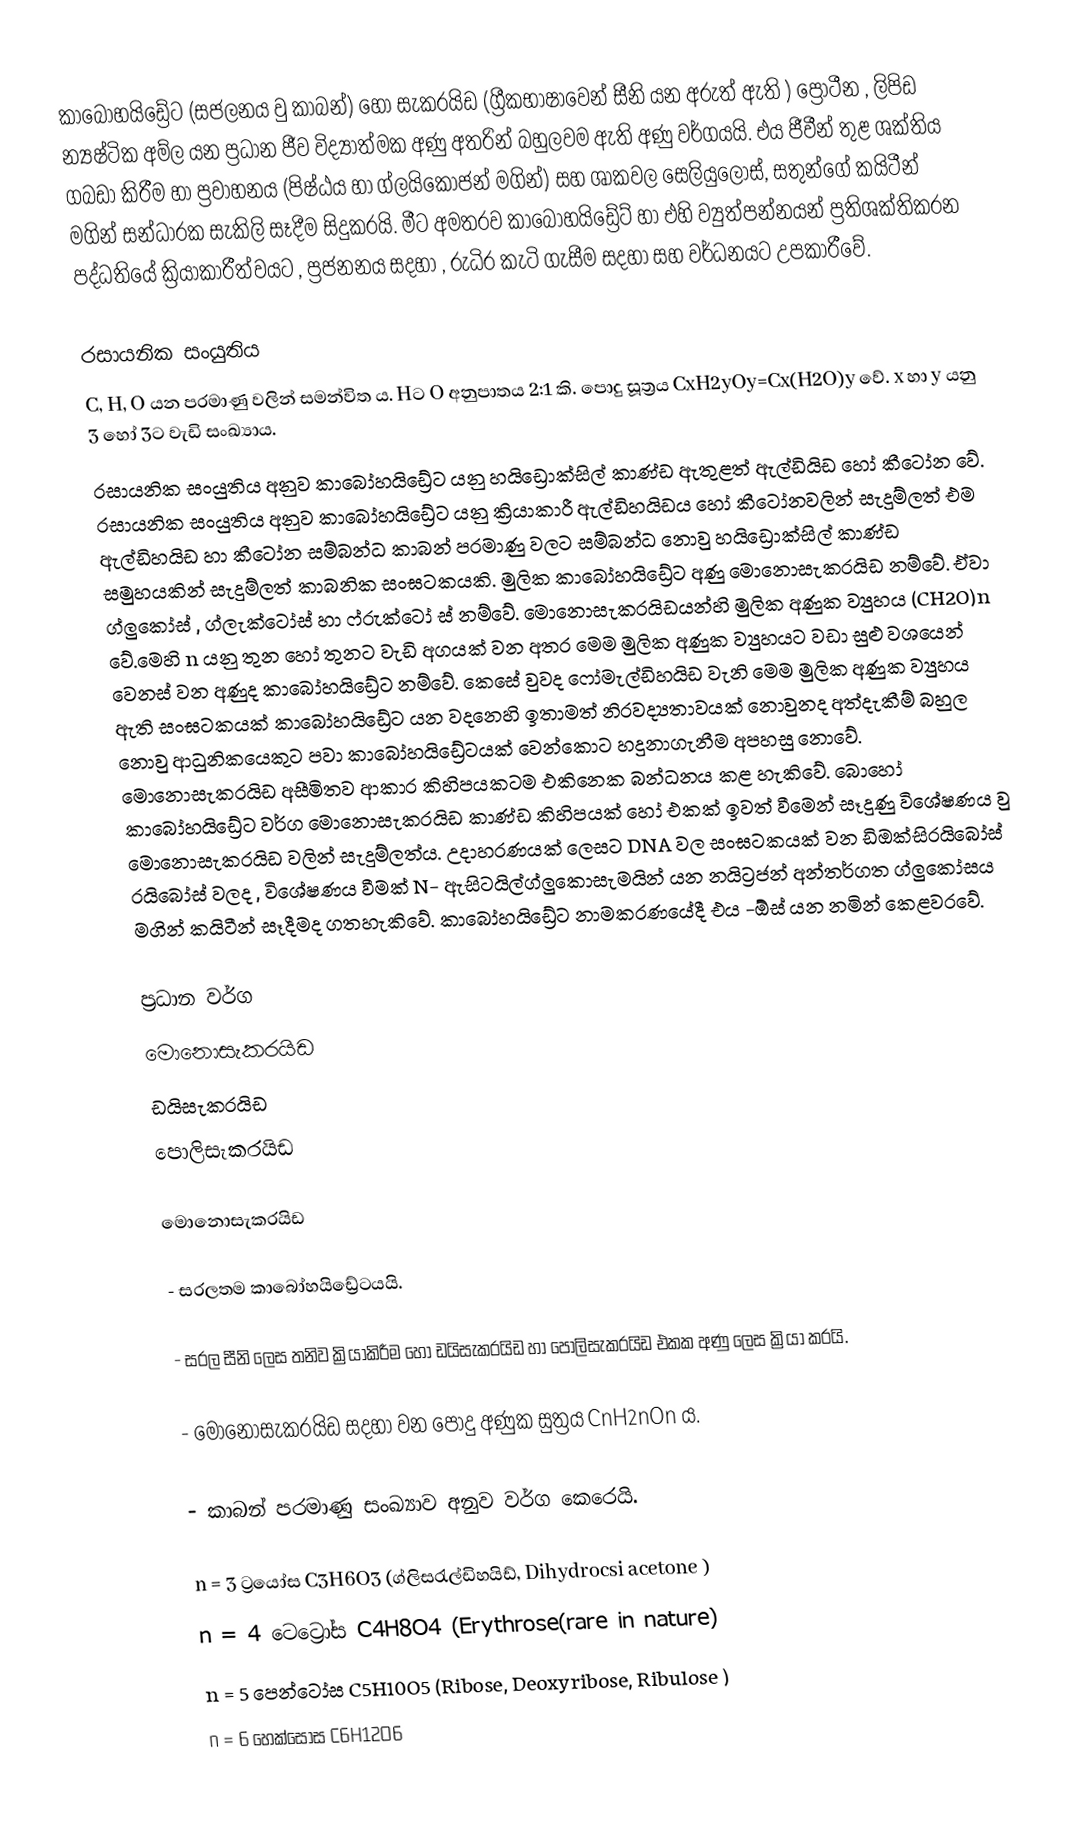
කාබෝහයිඩ්‍රේට (සජලනය වු කාබන්) හෝ සැකරයිඩ (ග්‍රීකභාෂාවෙන් සීනි යන අරුත් ඇති ) ප්‍රෝටීන , ලිපිඩ න්‍යෂ්ටික අම්ල යන ප්‍රධාන ජීව විද්‍යාත්මක අණු අතරින් බහුලවම ඇති අණු වර්ගයයි. එය ජීවීන් තුළ ශක්තිය ගබඩා කිරීම හා ප්‍රවාහනය (පිෂ්ඨය හා ග්ලයිකොජන් මගින්) සහ ශාකවල සෙලියුලෝස්, සතුන්ගේ කයිටීන් මගින් සන්ධාරක සැකිලි සෑදීම සිදුකරයි. මීට අමතරව කාබෝහයිඩ්‍රේට් හා එහි ව්‍යුත්පන්නයන් ප්‍රතිශක්තිකරන පද්ධතියේ ක්‍රියාකාරීත්වයට , ප්‍රජනනය සදහා , රුධිර කැටි ගැසීම සදහා සහ වර්ධනයට උපකාරීවේ.

රසායනික සංයුතිය
C, H, O යන පරමාණු වලින් සමන්විත ය. Hට O අනුපාතය 2:1 කි. පොදු සූත්‍රය CxH2yOy=Cx(H2O)y වේ. x හා y යනු 3 හෝ 3ට වැඩි සංඛ්‍යාය.
රසායනික සංයුතිය අනුව කාබෝහයිඩ්‍රේට යනු හයිඩ්‍රොක්සිල් කාණ්ඩ ඇතුළත් ඇල්ඩියිඩ හෝ කීටෝන වේ. රසායනික සංයුතිය අනුව ‍කාබෝහයිඩ්‍රේට යනු ක්‍රියාකාරී ඇල්ඩිහයිඩය හෝ කීටෝනවලින් සැදුම්ලත් එම ඇල්ඩිහයිඩ හා කීටෝන සම්බන්ධ කාබන් පරමාණු වලට සම්බන්ධ නොවු හයිඩ්‍රොක්සිල් කාණ්ඩ සමුහයකින් සැදුම්ලත් කාබනික සංඝටකයකි. මුලික කාබෝහයිඩ්‍රේට අණු මොනොසැකරයිඩ නම්වේ. ඒවා ග්ලුකෝස් , ග්ලැක්ටෝස් හා ෆ්රුක්ටෝ ස් නම්වේ. මොනොසැකරයිඩයන්හි මුලික අණුක ව්‍යුහය (CH2O)n වේ.මෙහි n යනු තුන හෝ තුනට වැඩි අගයක් වන අතර මෙම මුලික අණුක ව්‍යුහයට වඩා සුළු වශයෙන් වෙනස් වන අණුද කාබෝහයිඩ්‍රේට නම්වේ. කෙසේ වුවද ෆෝමැල්ඩිහයිඩ වැනි මෙම මුලික අණුක ව්‍යුහය ඇති සංඝටකයක් කාබෝහයිඩ්‍රේට යන වදනෙහි ඉතාමත් නිරවද්‍යතාවයක් නොවුනද අත්දැකීම් බහුල නොවු ආධුනිකයෙකුට පවා කාබෝහයිඩ්‍රේටයක් වෙන්කොට හදුනාගැනීම අපහසු නොවේ. මොනොසැකරයිඩ අසීමිතව ආකාර කිහිපයකටම එකිනෙක බන්ධනය කළ හැකිවේ. බොහෝ කාබෝහයිඩ්‍රේට වර්ග මොනොසැකරයිඩ කාණ්ඩ කිහිපයක් හෝ එකක් ඉවත් වීමෙන් සෑදුණු විශේෂණය වු මොනොසැකරයිඩ වලින් සැදුම්ලත්ය. උදාහරණයක් ලෙසට DNA වල සංඝටකයක් වන ඩිඔක්සිරයිබෝස් රයිබෝස් වලද , විශේෂණය වීමක් N- ඇසිටයිල්ග්ලුකොසැමයින් යන නයිට්‍රජන් අන්තර්ගත ග්ලුකෝසය මගින් කයිටීන් සෑදීමද ගතහැකිවේ. කාබෝහයිඩ්‍රේට නාමකරණයේදී එය -ඕස් යන නමින් කෙළවරවේ.

ප්‍රධාන වර්ග
 මොනොසැකරයිඩ
 ඩයිසැකරයිඩ
 පොලිසැකරයිඩ

මොනොසැකරයිඩ

-         සරලතම කාබෝහයිඩ්‍රේටයයි.

-         සරල සීනි ලෙස තනිව ක්‍රියාකිරීම හෝ ඩයිසැකරයිඩ හා පොලිසැකරයිඩ එකක අණු ලෙස ක්‍රියා කරයි.

-         මොනොසැකරයිඩ සදහා වන පොදු අණුක සුත්‍රය CnH2nOn ය.

-         කාබන් පරමාණු සංඛ්‍යාව අනුව වර්ග කෙරෙයි.

                               n = 3 ට්‍රයෝස               C3H6O3             (ග්ලිසරැල්ඩිහයිඩ්, Dihydrocsi acetone )
                               n = 4 ටෙට්‍රෝස             C4H8O4             (Erythrose(rare in nature)
 n = 5 පෙන්ටෝස         C5H10O5           (Ribose, Deoxyribose, Ribulose )
 n = 6 හෙක්සෝස         C6H12O6